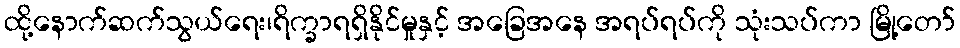
ထို့နောက်ဆက်သွယ်ရေး၊ရိက္ခာရရှိနိုင်မှုနှင့် အခြေအနေ အရပ်ရပ်ကို သုံးသပ်ကာ မြို့တော်